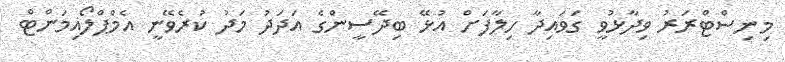
މިނިސްޓްރަރު ވިދާޅުވީ ގަވައިދާ ހިލާފަށް އުޅޭ ބިދޭސީންގެ އަދަދު މަދު ކުރެވޭނީ އެމްޕްލޯއިމަންޓް